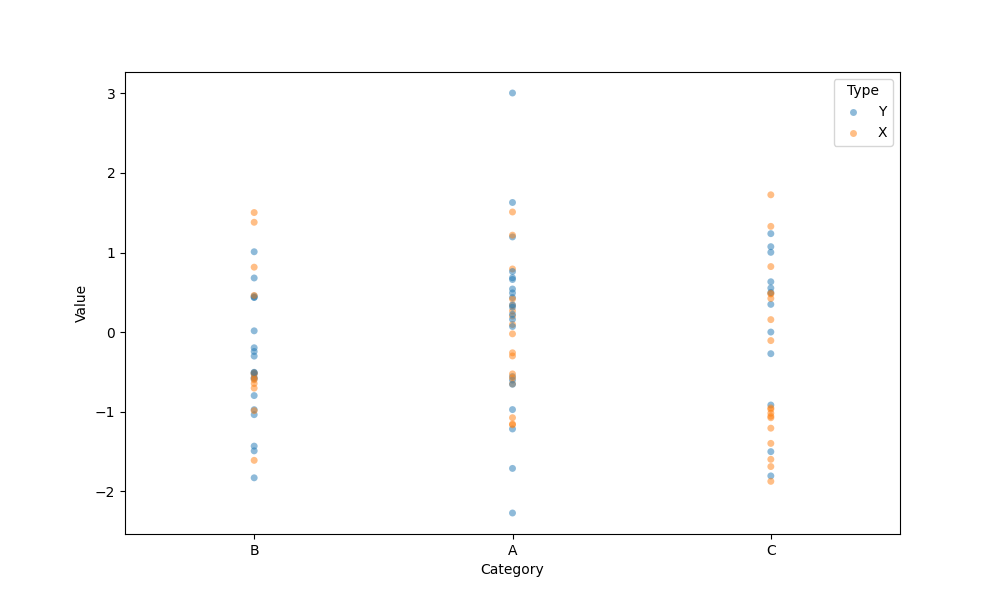
python, seaborn, stripplot, jitter=False, dodge=False, alpha=0.5, size=5